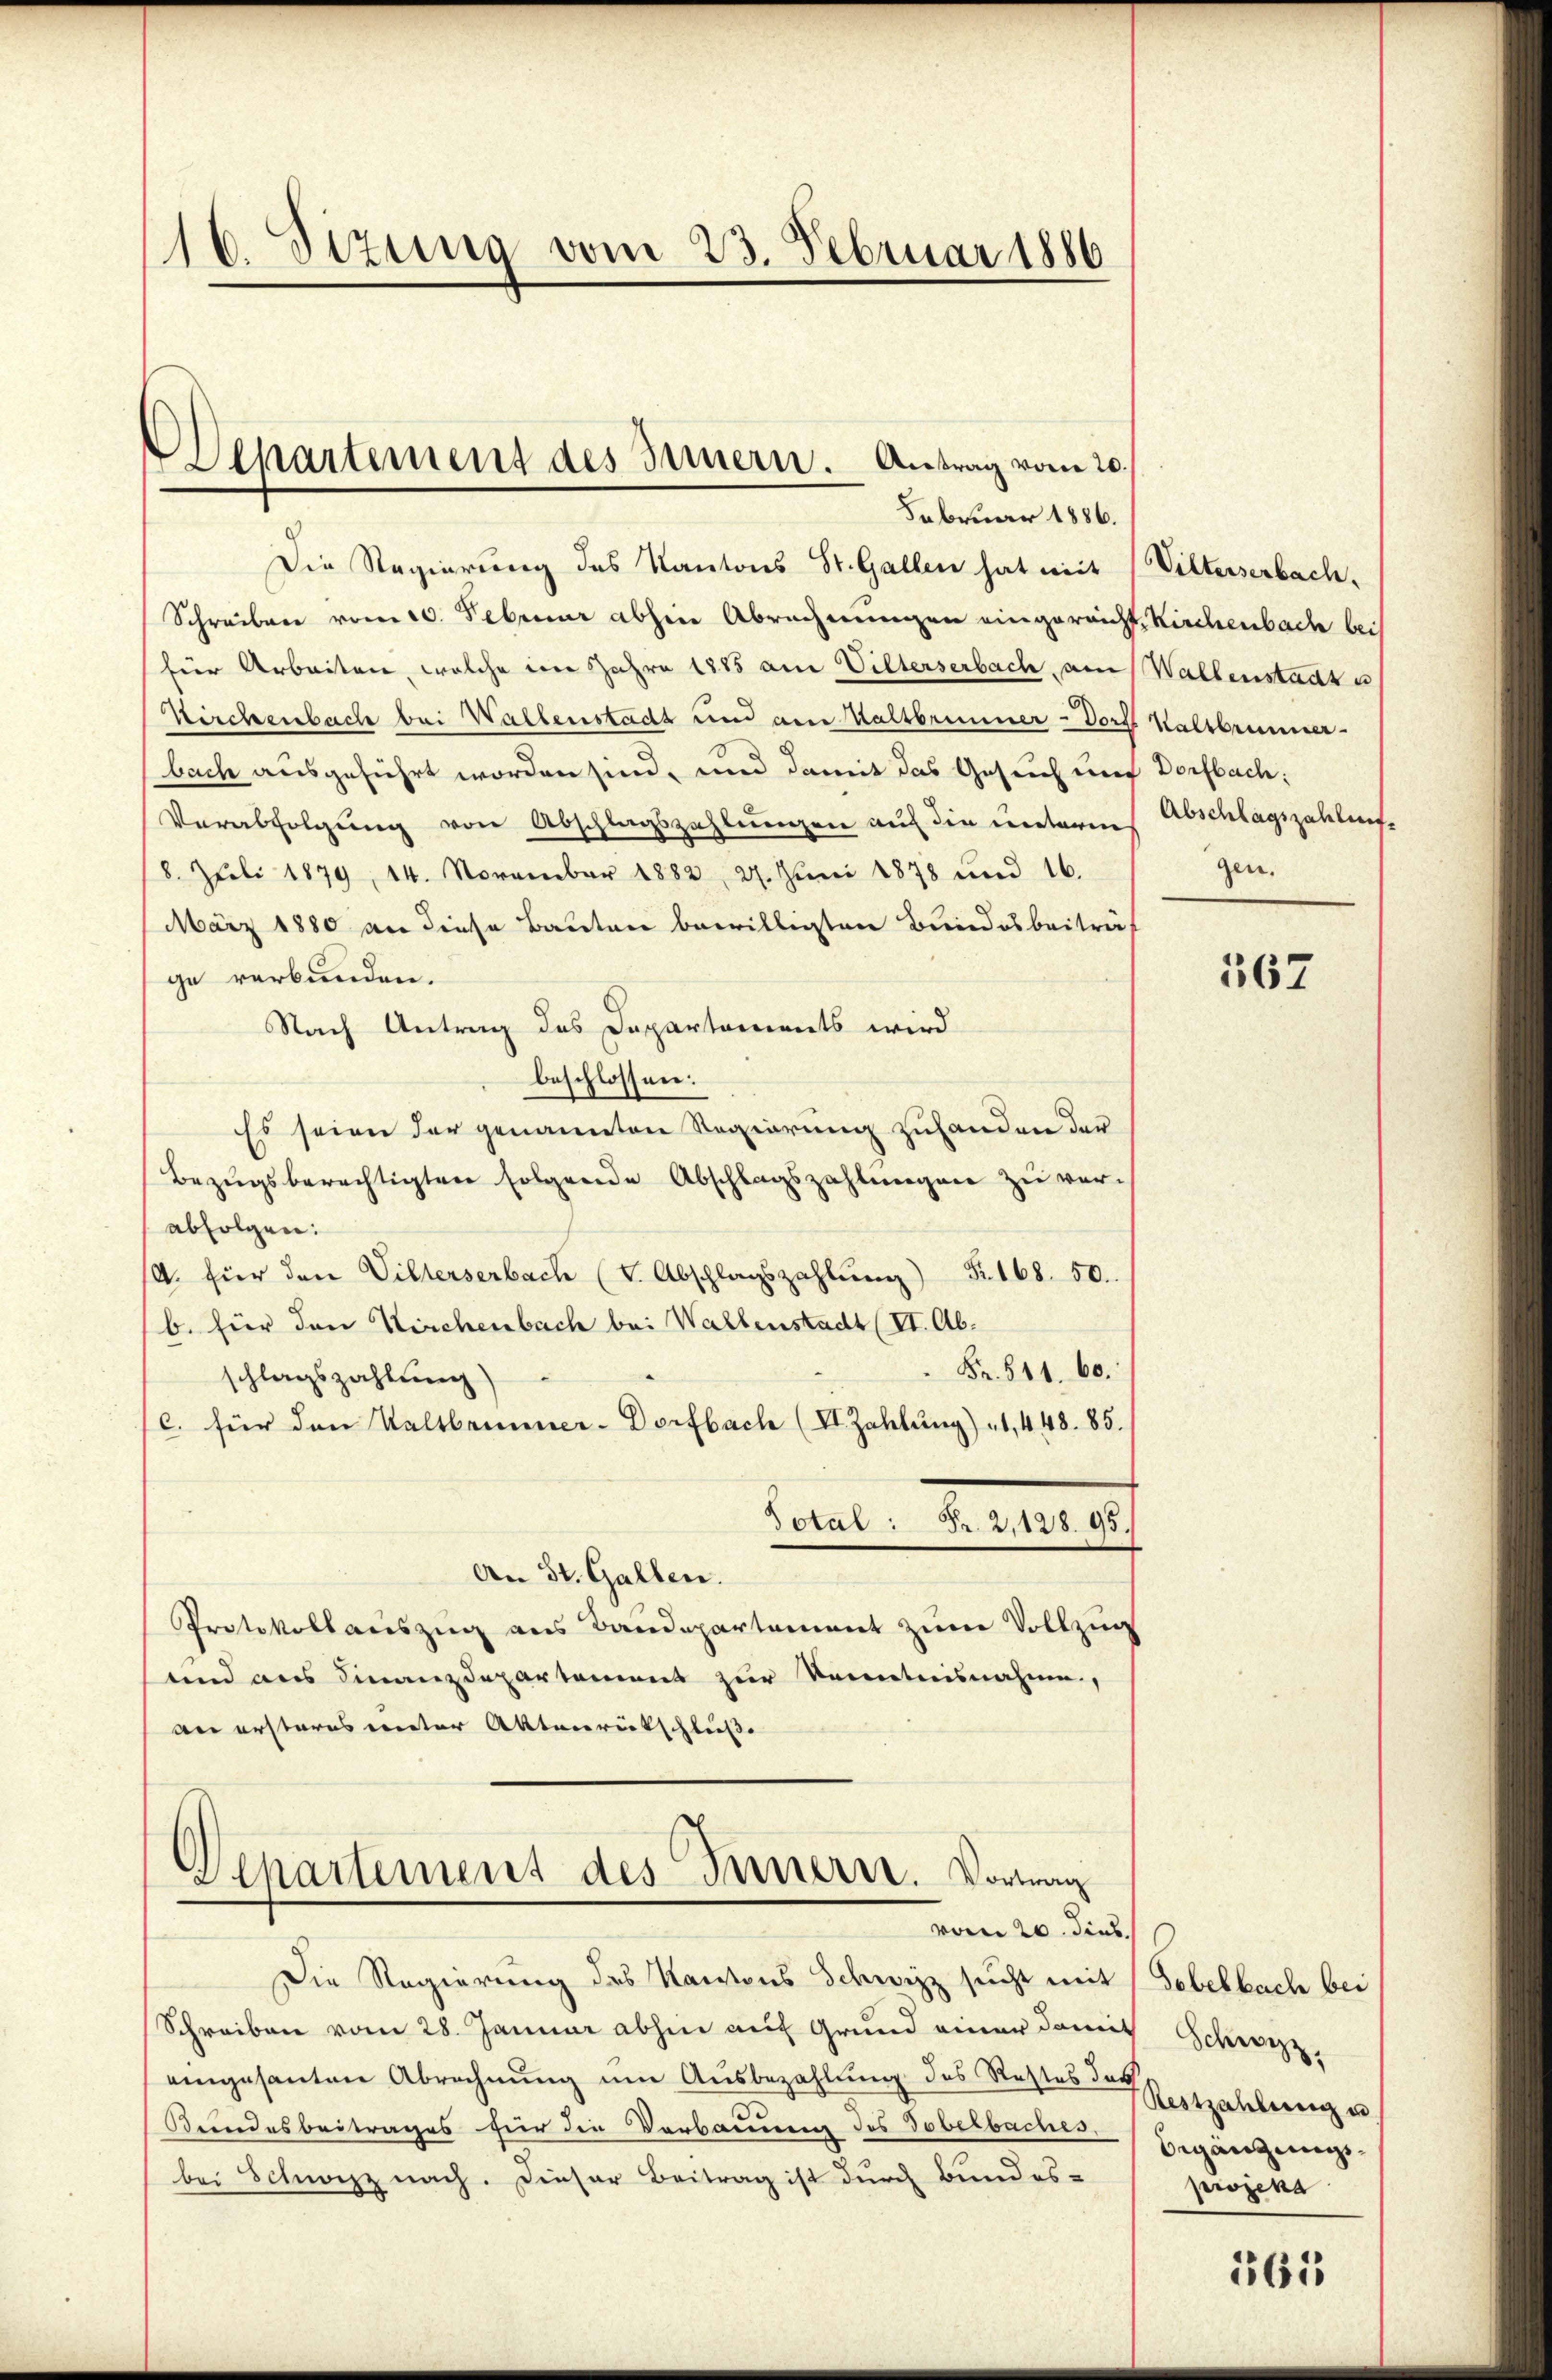
16. Sezung vom 23. Februar 1886

Februar 1886.
Die Regierung des Kantons St. Gallen hat mit
Schreiben vom 10. Februar abheie Abrechnungen eingereicht, Kirchenbach bei
hier Arbeiten, welche im Jahre 1885 an Vilterserbach, am
Wirchenbache bei Waltenstadt und am Kaltbrunner- Dorf
bach ausgeführt worden sind, und damit das Gesuch und
Verabfolgung von Abschlagszahlungen auf die unterm
8. Jŭli 1879, 14. November 1882, 27. Jŭni 1878 und 16.
März 1880 an diese Bauten bewilligten Bundesbeiträf
ge verbunden.
Nach Antrag des Departements wird
beschlossen:
Es seien der genannten Regierung zufanden der
Bezugsberechtigten folgende Abschlagszahlungen zu verabfolgen:
/A. für den Villerserbach (v. Abschlagszahlŭng Fr. 168. 50.
b. für den Kirchenbach bei Wallenstadt (II. Ab¬
Fr. 511. 60.
schlagszahlung)
C. für den Kaltbrunner-Dorfbach (VI Zahlung) 1, 448. 85.
Total: Fr. 2,128. 95.
An St. Gallen.
Protokollauszug aus Baudepartement zum Vollzug
und aus Finanzdepartement zur Kenntnisnahme,
an ersteres miter Aktenrückschluße

Departement des Innern. Antrag vom 20.

Departement des Innern. Vorweg
vom 20. dies

Die Regierung des Kantons Schwyzz sucht mit Tobelbach bei
Schreiben vom 28. Januar abhin auf Grund einer damit Schwyz,
eingesanten Abrechnung um Ausbezahlung des Rechtes das
Brindesbeitrages für die Verbauung des Tobelbaches.
bei Schwizz nach. Dieser Beitrag ist durch Bundes-

Vilterserbach.
Wallenstadt u
Kaltbrunner
Dorfbach:
Abschlagszahlen.
gen.

362

Restzahlung un
Begangungsprosena

261